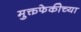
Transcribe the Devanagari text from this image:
मुक्तफेकीच्या